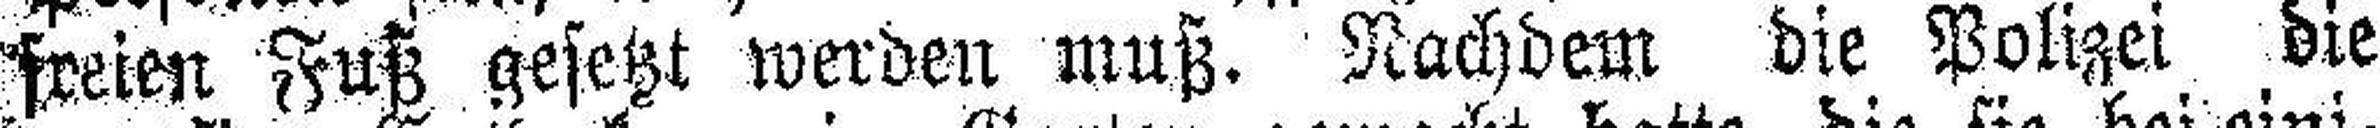
freien Fuß gesetzt werden muß. Nachdem die Polizei die